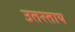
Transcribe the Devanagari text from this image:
उतरताय